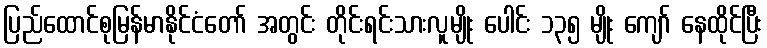
ပြည်ထောင်စုမြန်မာနိုင်ငံတော် အတွင်း တိုင်းရင်းသားလူမျိုး ပေါင်း ၁၃၅ မျိုး ကျော် နေထိုင်ပြီး